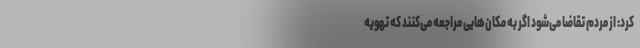
کرد: از مردم تقاضا می‌شود اگر به مکان‌هایی مراجعه می‌کنند که تهویه